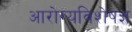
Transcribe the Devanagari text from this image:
आरोग्यविशेषज्ञ